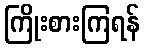
ကြိုးစားကြရန်